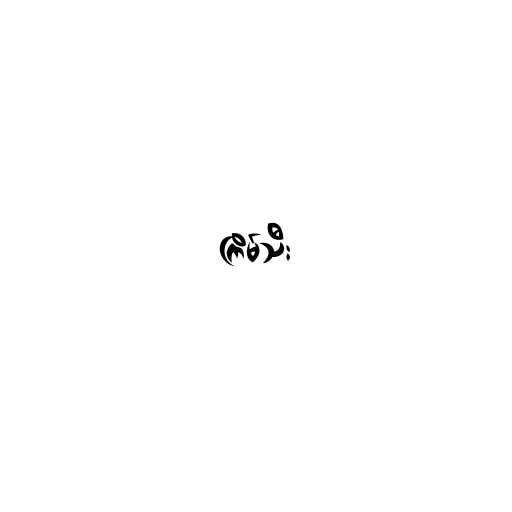
ကြိမ်သီး